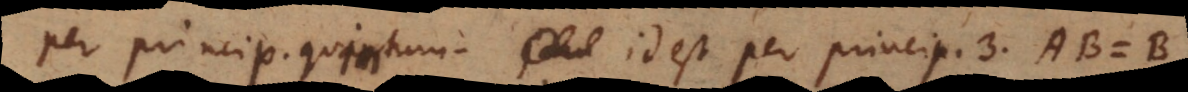
per princip. quintum, id est per princip. 3 AB